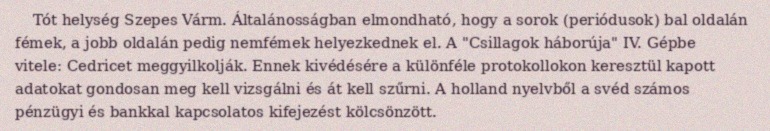
Tót helység Szepes Várm. Általánosságban elmondható, hogy a sorok (periódusok) bal oldalán fémek, a jobb oldalán pedig nemfémek helyezkednek el. A "Csillagok háborúja" IV. Gépbe vitele: Cedricet meggyilkolják. Ennek kivédésére a különféle protokollokon keresztül kapott adatokat gondosan meg kell vizsgálni és át kell szűrni. A holland nyelvből a svéd számos pénzügyi és bankkal kapcsolatos kifejezést kölcsönzött.